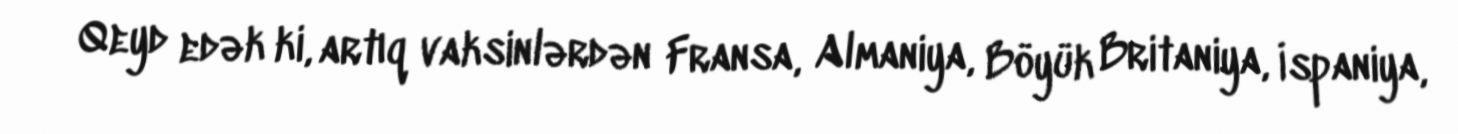
Qeyd edək ki, artıq vaksinlərdən Fransa, Almaniya, Böyük Britaniya, İspaniya,